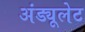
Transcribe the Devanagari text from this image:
अंड्यूलेट